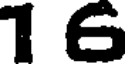
16